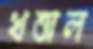
খত্তাল